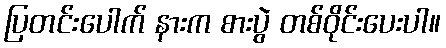
ပြတင်းပေါက် နားက စားပွဲ တစ်ဝိုင်းပေးပါ။